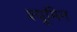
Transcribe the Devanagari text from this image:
श्यूमिन